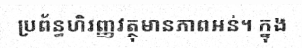
ប្រព័ន្ធហិរញ្ញវត្ថុមានភាពអន់។ ក្នុង